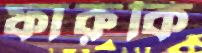
ফারুকি